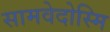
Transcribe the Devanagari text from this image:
सामवेदोस्मि